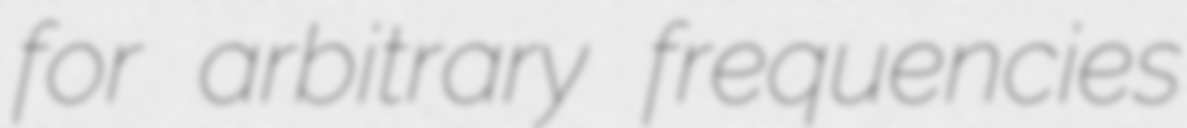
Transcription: for arbitrary frequencies